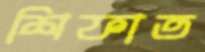
শিফাত